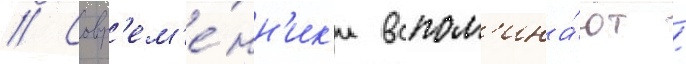
// Совр'ем'е́нн'ик'и вспом'ина́ют /